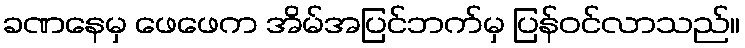
ခဏနေမှ ဖေဖေက အိမ်အပြင်ဘက်မှ ပြန်ဝင်လာသည်။